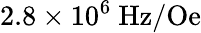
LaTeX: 2.8\times 10^{6}~\mathrm{Hz/Oe}